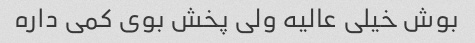
بوش خیلی عالیه ولی پخش بوی کمی داره